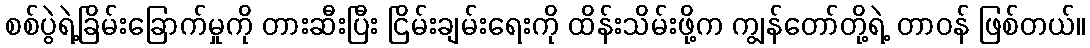
စစ်ပွဲရဲ့ခြိမ်းခြောက်မှုကို တားဆီးပြီး ငြိမ်းချမ်းရေးကို ထိန်းသိမ်းဖို့က ကျွန်တော်တို့ရဲ့ တာဝန် ဖြစ်တယ်။